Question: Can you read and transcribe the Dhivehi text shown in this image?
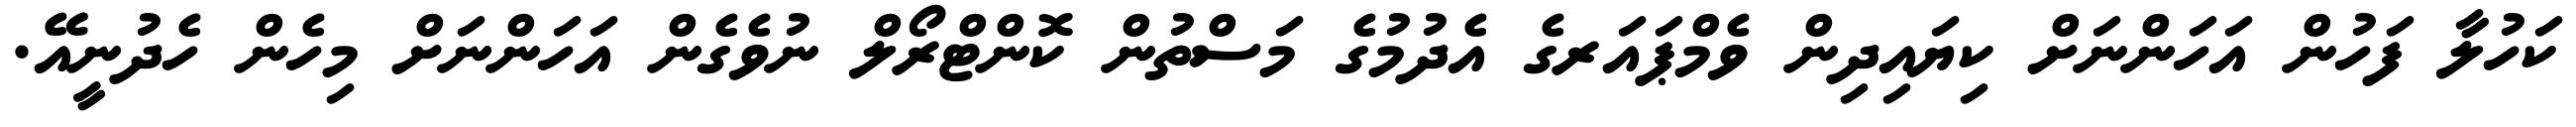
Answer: ކަހުލާ ފަހުން އަހަންނަށް ކިޔައިދިން ވެމްޕައަރގެ އެދުމުގެ މަސްތުން ކޮންޓްރޯލް ނުވެގެން އަހަންނަށް މިހެން ހެދުނީއޭ.